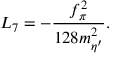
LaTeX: L _ { 7 } = - \frac { f _ { \pi } ^ { 2 } } { 1 2 8 m _ { \eta ^ { \prime } } ^ { 2 } } .